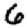
Digit: 6